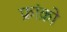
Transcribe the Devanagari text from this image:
फ्रांक्रो